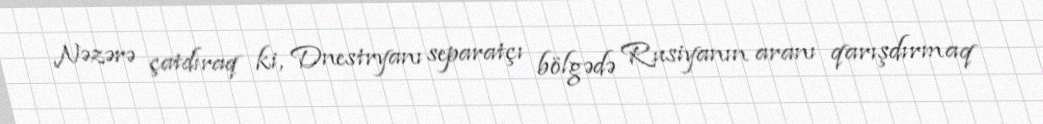
Nəzərə çatdıraq ki, Dnestryanı separatçı bölgədə Rusiyanın aranı qarışdırmaq